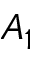
A _ { 1 }